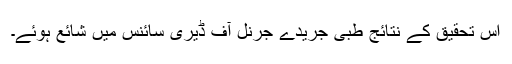
اس تحقیق کے نتائج طبی جریدے جرنل آف ڈیری سائنس میں شائع ہوئے۔